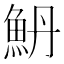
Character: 𱆥